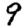
Digit: 9